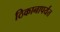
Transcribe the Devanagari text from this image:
ठिकानापर्यंत